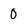
Character: 0